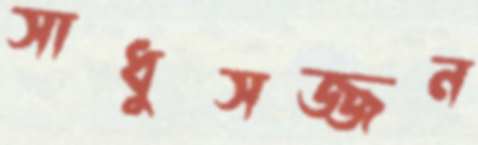
সাধুসজ্জন